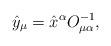
LaTeX: \begin{align*}\hat{y}_\mu=\hat{x}^\alpha O^{-1}_{\mu\alpha},\end{align*}